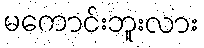
မကောင်းဘူးလား